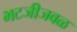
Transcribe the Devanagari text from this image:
भटजीजवळ